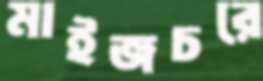
মাইজচরে